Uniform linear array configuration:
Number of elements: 8
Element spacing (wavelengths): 0.75
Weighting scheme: cosine
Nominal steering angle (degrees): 15
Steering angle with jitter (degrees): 15.504
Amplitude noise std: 0.05
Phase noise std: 0.05

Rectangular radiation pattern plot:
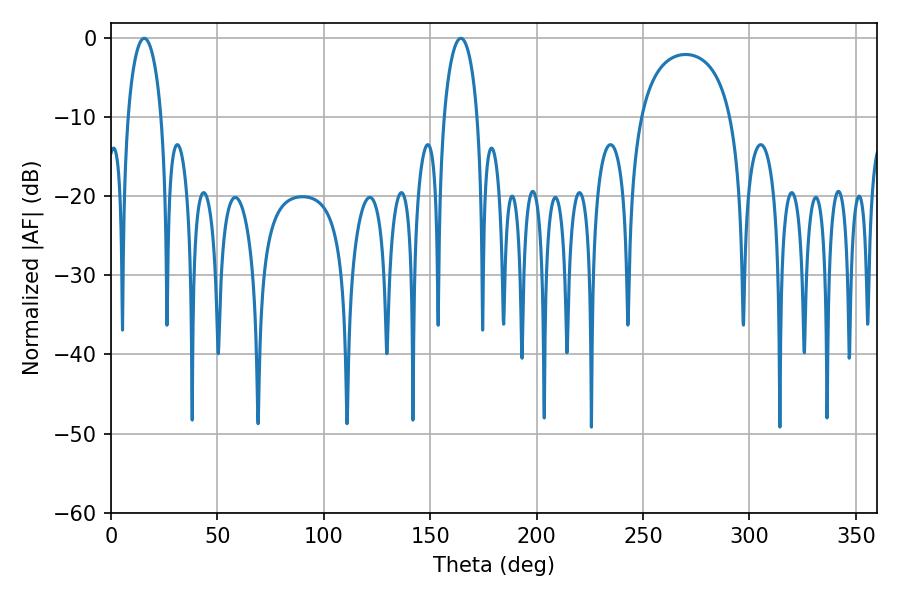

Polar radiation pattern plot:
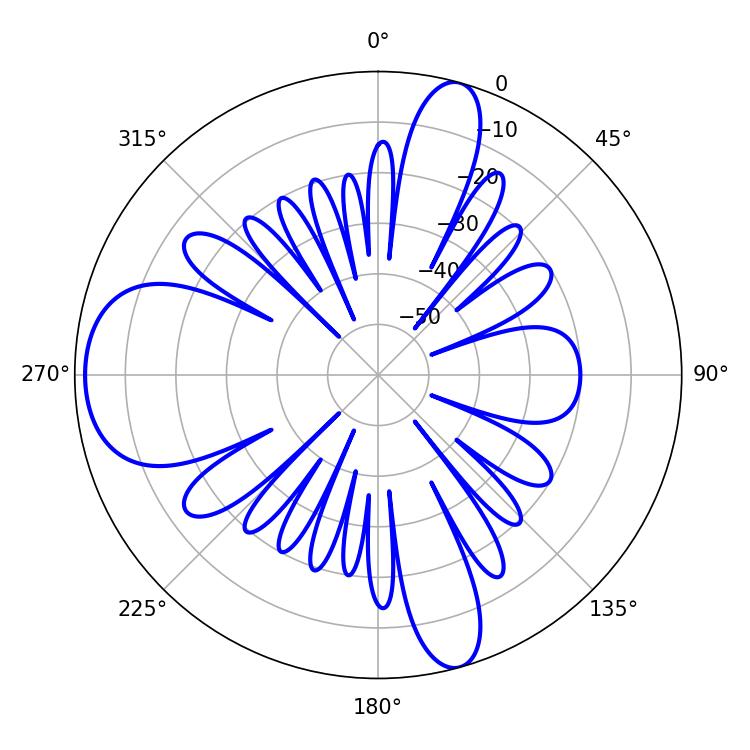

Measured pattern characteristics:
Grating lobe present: TRUE
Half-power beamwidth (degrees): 9
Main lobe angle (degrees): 15.66